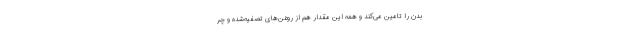
بدن را تامین می‌کند و همه این مقدار هم از روغن‌های تصفیه‌شده و چر